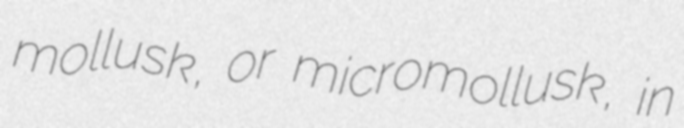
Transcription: mollusk, or micromollusk, in